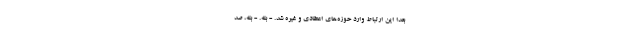
بعدا این ارتباط وارد حوزه‌های اعتقادی و غیره شد. - بله. - بله، صد